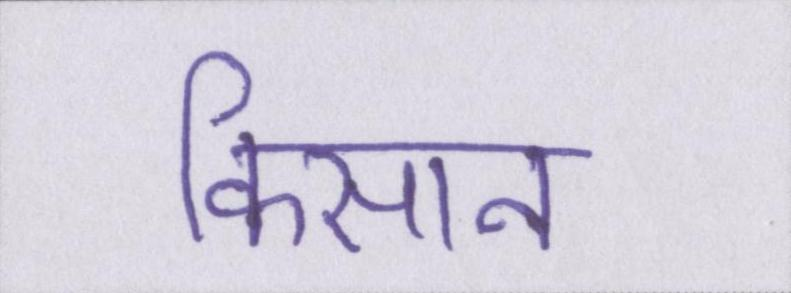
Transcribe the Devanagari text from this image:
किसान